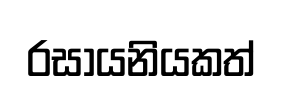
රසායනියකත්